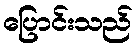
ပြောင်းသည်